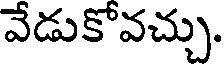
వేడుకోవచ్చు.